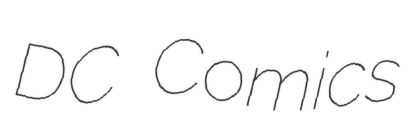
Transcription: DC Comics